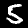
Digit: 5